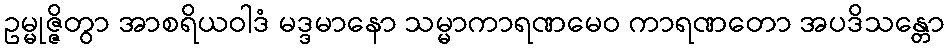
ဥမ္မုဇ္ဇိတွာ အာစရိယဝါဒံ မဒ္ဒမာနော သမ္မာကာရဏမေဝ ကာရဏတော အပဒိသန္တော